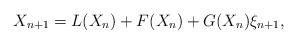
LaTeX: \begin{align*}X_{n+1} = L(X_n) + F(X_n) + G(X_n)\xi_{n+1},\end{align*}